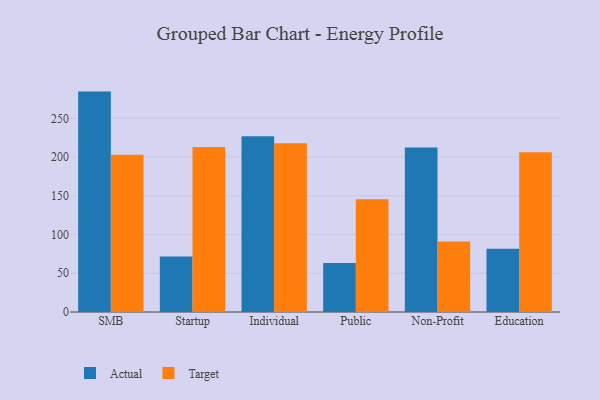
{"axis": {"x": "Segment", "y": "Website Visitors"}, "legend": ["Actual", "Target"], "data": [{"x": "SMB", "y": 284.5, "type": "Actual"}, {"x": "SMB", "y": 203.0, "type": "Target"}, {"x": "Startup", "y": 71.7, "type": "Actual"}, {"x": "Startup", "y": 212.9, "type": "Target"}, {"x": "Individual", "y": 226.9, "type": "Actual"}, {"x": "Individual", "y": 217.7, "type": "Target"}, {"x": "Public", "y": 63.2, "type": "Actual"}, {"x": "Public", "y": 145.4, "type": "Target"}, {"x": "Non-Profit", "y": 212.5, "type": "Actual"}, {"x": "Non-Profit", "y": 91.1, "type": "Target"}, {"x": "Education", "y": 81.5, "type": "Actual"}, {"x": "Education", "y": 206.2, "type": "Target"}]}